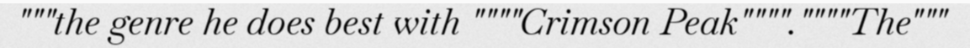
"""the genre he does best with """"Crimson Peak"""".""""The"""